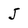
Character: j